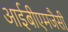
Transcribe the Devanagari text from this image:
आईबीएमजैसी